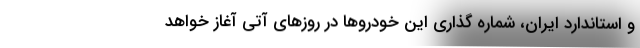
و استاندارد ایران، شماره گذاري اين خودروها در روزهاي آتي آغاز خواهد